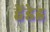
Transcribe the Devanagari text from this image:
हेंडेड